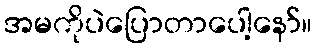
အမကိုပဲပြောတာပေါ့နော်။